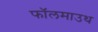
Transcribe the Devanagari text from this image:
फॉलमाउथ